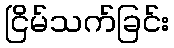
ငြိမ်သက်ခြင်း